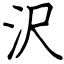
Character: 沢